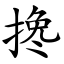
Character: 搀